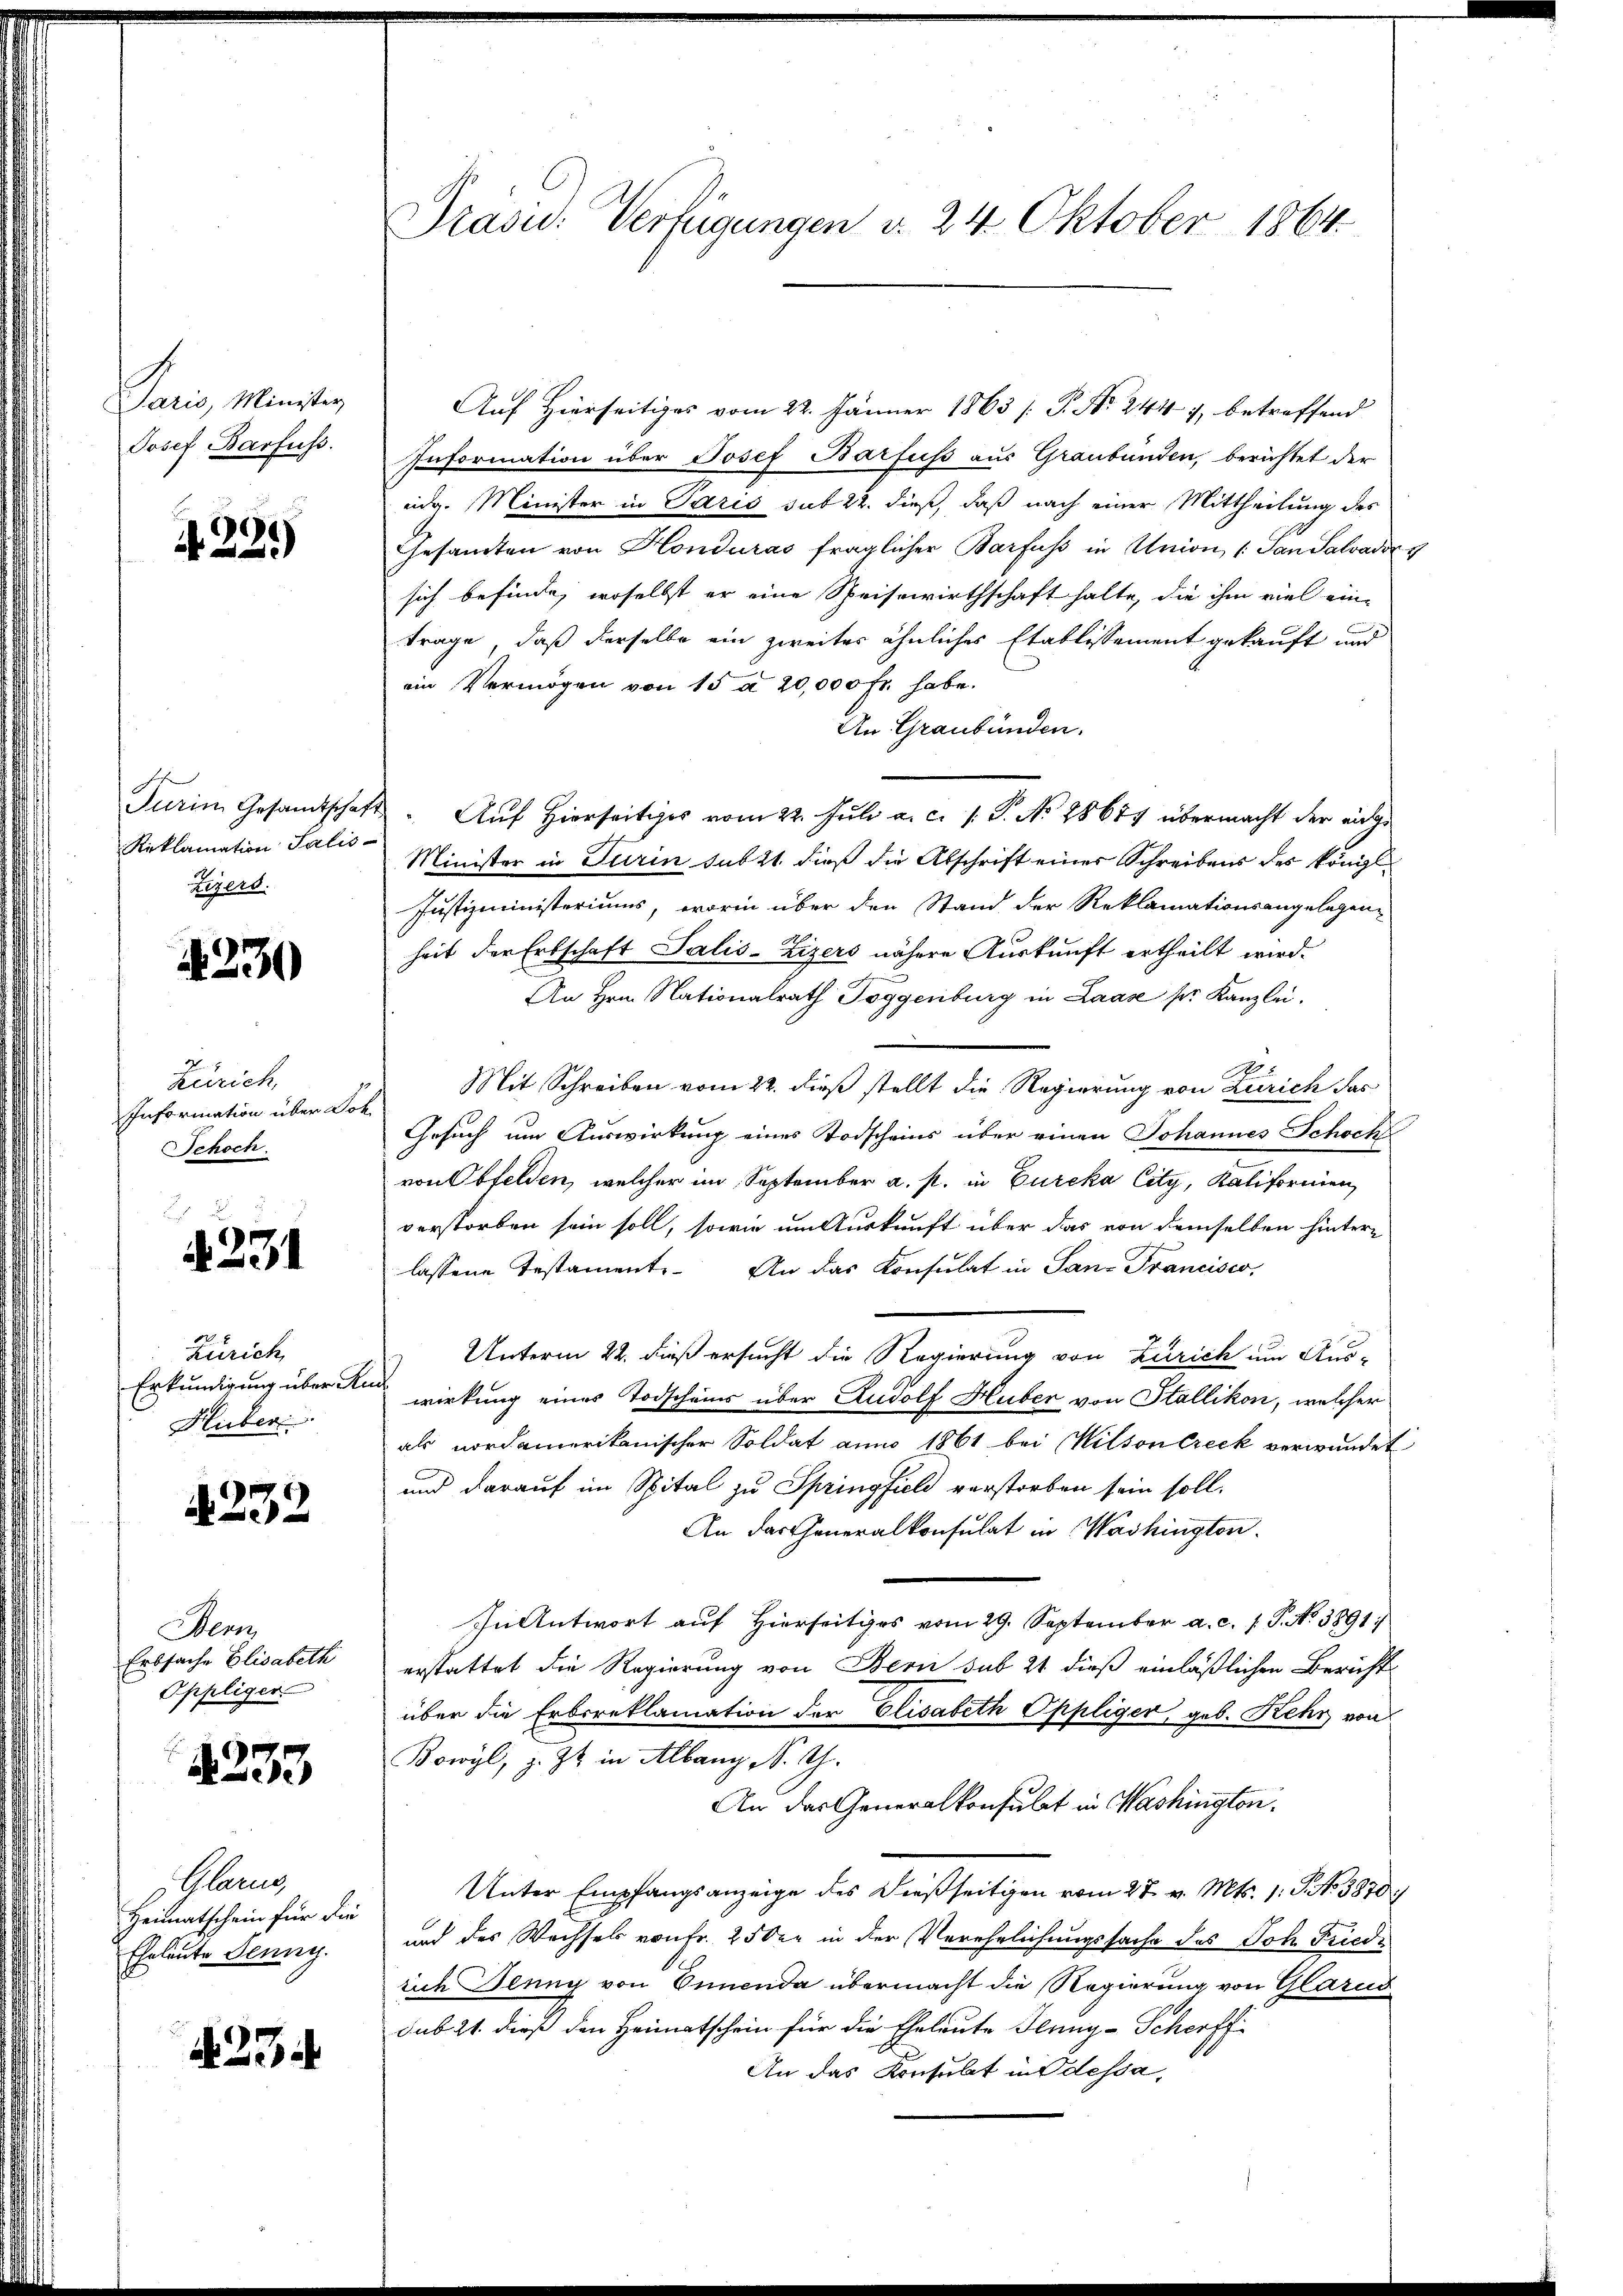
dan ein
Josef Barfuss.

1221)

Turin Gesandtschaf
Reklamation Salis¬
Zigert.

1230

Zürich,
Information über Do¬
Schoch.

A 231

Zürich,
Erkundigung über An
Huber.

4232

Wenn
Erbsache Elisabeth
Oppliger.

4233

Glarus
Heimatschein für die
Eheleute Jenny.

A 234

Präsid.: Verfügungen d. 24. Oktober 1864.

Auf Hierseitiges vom 22. Jänner 1863 / P. Nr. 244, betreffend
Information über Josef Barfuss aus Graubünden, berichtet der
eidg. Minister in Paris sub 22. dieß, daß nach einer Mittheilung des
Gesamten von Honduras fraglicher Barfuß in Union (: San Salvadir z
sich befinde, woselbst er eine Speisewirthschaft halte, die ihm viel ein-
trage, daß derselbe ein zweiter ähnliches Etablissement gekauft und
ein Vermögen von 15 a 20,000 Fr. habe.
An Graubünden.
Auf Hierseitiges vom 22. Juli a. c. 1. P. No 28679 übermacht der einge
Minister in Turin subst dieß die Abschrift eines Schreibens des königl.
Justizministeriums, worin über den Stand der Reklamationsangelegen-
heit der Erbschaft Salis-Zizers nähere Auskunft ertheilt wird.
An Hrn. Nationalrath Toggenburg in Laase pr. Kanzlei.
i
e
Mit Schreiben vom 22. dieß stellt die Regierung von Zürich das
Gesuch um Auswirkung eines Todscheins über einen Johannes Schoch
von Obfelden, welcher im September a. p. in Eureka City, Kaliformien,
verstorben sein soll, sowie um Auskunft über das von demselben hinter-
lassene Testament. An das Konsulat in San-Trancisco,
Unterm 22. dieß ersucht die Regierung von Zürich um Aus-
wirkung eines Todscheins über Rudolf Huber von Stallikon, welcher
als nordamerikanischer Soldat am 1861 bei Wilson Creck verwundet
und darauf im Spital zu Springfield verstorben sein soll.
An das Generalkonsulat in Washingten.
In Antwort auf Hierseitiges vom 29. September a. c. 1 S. No 3891.
erstattet die Regierung von Bern sub 21 dieß einläßlichen Bericht
über die Erbrreklamation der Elisabeth Oppliger geb. Kehr von
Bowyl, z. Zt. in Albang N. G.
An das Generalkonsulat in Washington.
Unter Empfangsanzeige des dießseitigen vom 27. v. Mts. 1. P. Nr. 3870/
und des Wechsels von Fr. 25 der in der Verehelichungssache des Joh. Friedrich Jenny von Ennenda übermacht die Regierung von Glarus
sub 21. dieß den Heimatschein für die Eheleute Jenny-Scheoffi
An das Konsulat in Odessa,